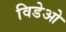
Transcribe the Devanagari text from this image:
विडेओ